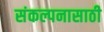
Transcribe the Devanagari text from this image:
संकल्पनासाठी